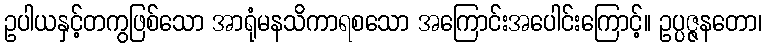
ဥပါယနှင့်တကွဖြစ်သော အာရုံမနသိကာရစသော အကြောင်းအပေါင်းကြောင့်။ ဥပ္ပဇ္ဇနတော၊